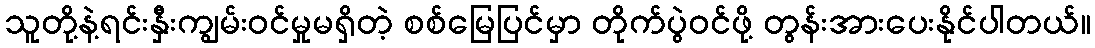
သူတို့နဲ့ရင်းနှီးကျွမ်းဝင်မှုမရှိတဲ့ စစ်မြေပြင်မှာ တိုက်ပွဲဝင်ဖို့ တွန်းအားပေးနိုင်ပါတယ်။